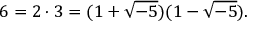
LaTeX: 6 = 2 \cdot 3 = ( 1 + { \sqrt { - 5 } } ) ( 1 - { \sqrt { - 5 } } ) .